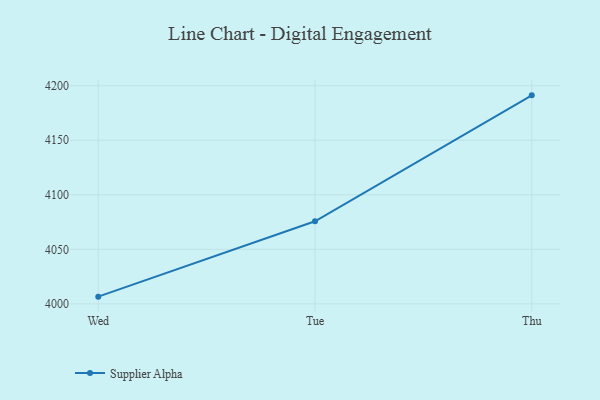
{"axis": {"x": "Day", "y": "Backlog"}, "legend": ["Supplier Alpha"], "data": [{"x": "Wed", "y": 4006.6, "type": "Supplier Alpha"}, {"x": "Tue", "y": 4075.7, "type": "Supplier Alpha"}, {"x": "Thu", "y": 4191.2, "type": "Supplier Alpha"}]}